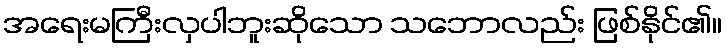
အရေးမကြီးလှပါဘူးဆိုသော သဘောလည်း ဖြစ်နိုင်၏။